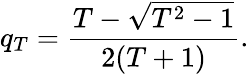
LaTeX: q_{T}=\frac{T-\sqrt{T^{2}-1}}{2(T+1)}.